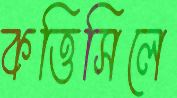
কত্তিসিলে